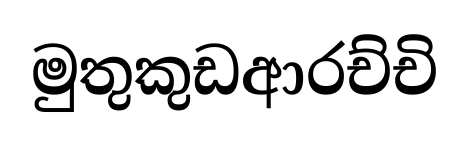
මුතුකුඩආරච්චි